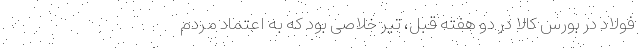
فولاد در بورس کالا در دو هفته قبل، تیر خلاصی بود که به اعتماد مردم